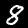
Digit: 8